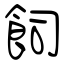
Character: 飼